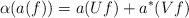
LaTeX: \begin{align*}\alpha (a(f))=a(Uf)+a^{*}(Vf) \\ \end{align*}